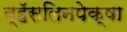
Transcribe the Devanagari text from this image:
व्हॅसलिनपेक्षा